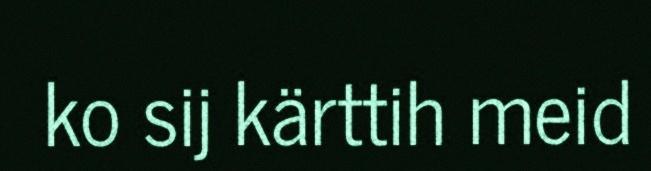
ko sij kärttih meid